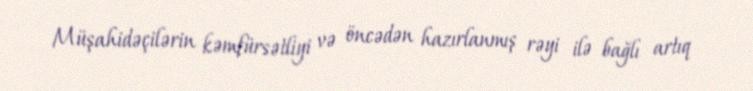
Müşahidəçilərin kəmfürsətliyi və öncədən hazırlanmış rəyi ilə bağlı artıq